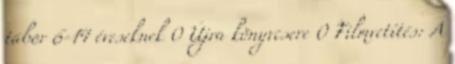
tábor 6-14 éveseknek 0 Újra könyvcsere 0 Filmvetítés: A